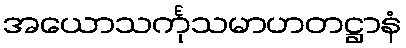
အယောသင်္ကုသမာဟတဋ္ဌာနံ